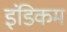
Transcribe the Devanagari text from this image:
इंडिकम